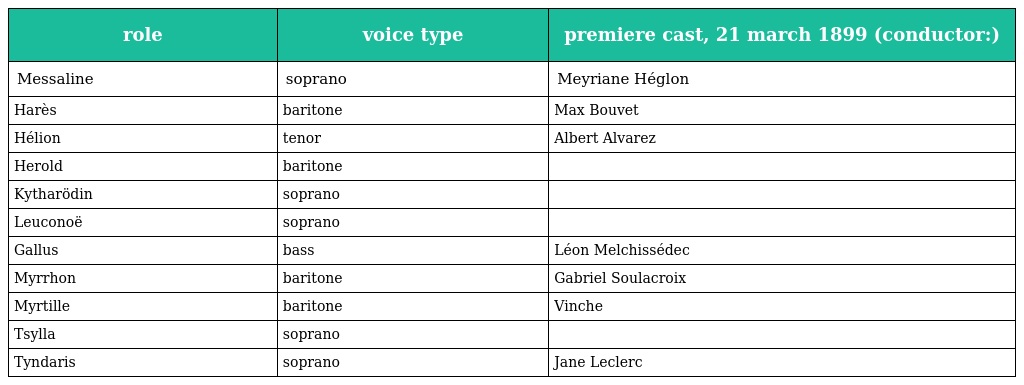
| role | voice type | premiere cast, 21 march 1899 (conductor:) |
 | --- | --- | --- |
 | Messaline | soprano | Meyriane Héglon |
 | Harès | baritone | Max Bouvet |
 | Hélion | tenor | Albert Alvarez |
 | Herold | baritone |  |
 | Kytharödin | soprano |  |
 | Leuconoë | soprano |  |
 | Gallus | bass | Léon Melchissédec |
 | Myrrhon | baritone | Gabriel Soulacroix |
 | Myrtille | baritone | Vinche |
 | Tsylla | soprano |  |
 | Tyndaris | soprano | Jane Leclerc |